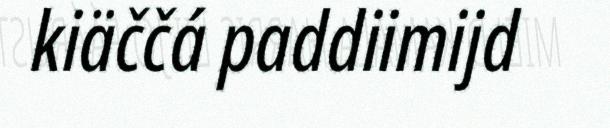
kiäččá paddiimijd